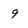
Character: 9